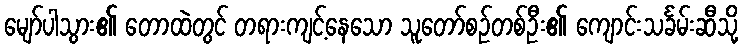
မျော်ပါသွား၏ တောထဲတွင် တရားကျင့်နေသော သူတော်စဉ်တစ်ဦး၏ ကျောင်းသင်္ခမ်းဆီသို့